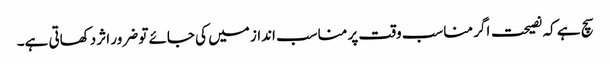
سچ ہے کہ نصیحت اگر مناسب وقت پر مناسب انداز میں کی جائے تو ضرور اثر دکھاتی ہے۔